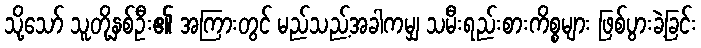
သို့သော် သူတို့နှစ်ဦး၏ အကြားတွင် မည်သည့်အခါကမျှ သမီးရည်းစားကိစ္စများ ဖြစ်ပွားခဲ့ခြင်း